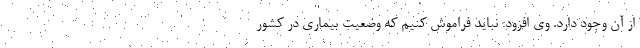
از آن وجود دارد. وی افزود: نباید فراموش کنیم که وضعیت بیماری در کشور